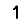
Digit: 1